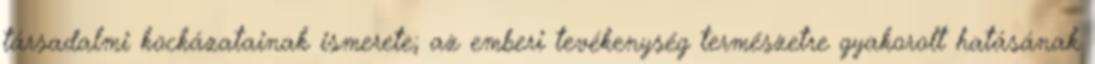
társadalmi kockázatainak ismerete; az emberi tevékenység természetre gyakorolt hatásának